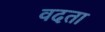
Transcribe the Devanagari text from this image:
वदता